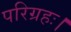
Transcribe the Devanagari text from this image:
परिग्रहः।